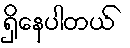
ရှိနေပါတယ်